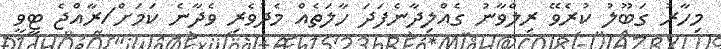
މިހާރު ގަބޫލު ކުރެވޭ ރިލްވާނު ގެއްލިދާނެފަދަ ހާލަތެއް މެދުވެރި ވެދާނެ ކަމަށް/ރާއްޖެ ޓީވީ